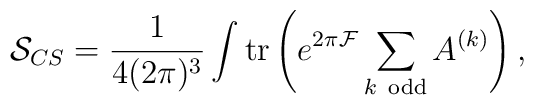
{\cal S}_{CS} =\frac{1}{4(2\pi)^{3}}\int {\rm tr}\left(e^{2\pi {\cal F}} \sum_{k~{\rm odd}} A^{(k)}\right),